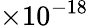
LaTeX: \times 10^{-18}